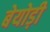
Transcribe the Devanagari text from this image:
बेयोड़ी